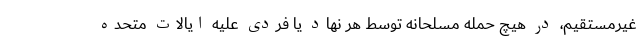
غیرمستقیم، در هیچ حمله مسلحانه توسط هر نهاد یا فردی علیه ایالات متحده